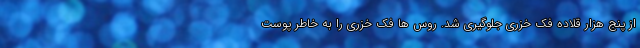
از پنج هزار قلاده فک خزری جلوگیری شد. روس ها فک خزری را به خاطر پوست